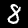
Label: 8